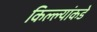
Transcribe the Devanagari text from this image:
किल्ल्यांकडे